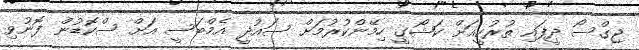
ޖިގްސޯ ދީފައި ތުރުކީއަށް ކަޝޯގީ ހިމޭންކުރުމަށް ސައުދީ އެމްބަސީ އަށް ސްކޮޑުން ފޮނުވި